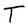
Character: T